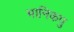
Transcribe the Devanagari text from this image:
मानिकपु